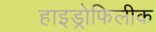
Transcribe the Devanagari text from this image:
हाइड्रोफिलीक